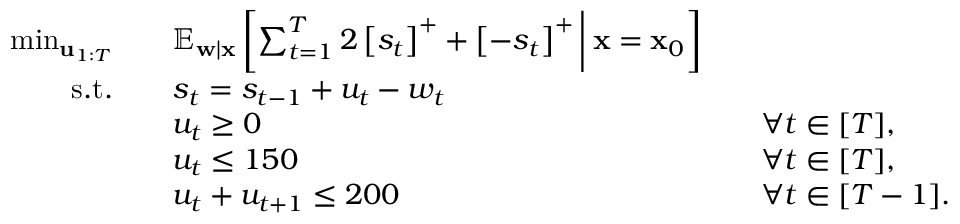
\begin{array} { r l r l } { \operatorname* { m i n } _ { { \bf u } _ { 1 : T } } \quad } & { \mathbb { E } _ { { \bf w } | { \bf x } } \left[ \sum _ { t = 1 } ^ { T } 2 \left[ s _ { t } \right] ^ { + } + \left[ - s _ { t } \right] ^ { + } \bigg \vert \: { \bf x } = { \bf x } _ { 0 } \right] } \\ { \mathrm { s . t . } \quad } & { s _ { t } = s _ { t - 1 } + u _ { t } - w _ { t } } \\ & { u _ { t } \geq 0 } & & { \forall t \in [ T ] , } \\ & { u _ { t } \leq 1 5 0 } & & { \forall t \in [ T ] , } \\ & { u _ { t } + u _ { t + 1 } \leq 2 0 0 } & & { \forall t \in [ T - 1 ] . } \end{array}